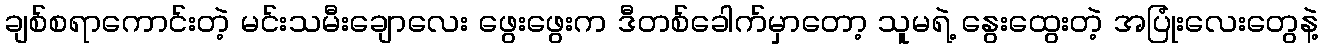
ချစ်စရာကောင်းတဲ့ မင်းသမီးချောလေး ဖွေးဖွေးက ဒီတစ်ခေါက်မှာတော့ သူမရဲ့ နွေးထွေးတဲ့ အပြုံးလေးတွေနဲ့